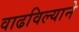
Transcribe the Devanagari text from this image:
वाढविल्याने